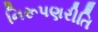
નિરૂપણરીતિ